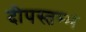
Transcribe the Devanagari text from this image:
दीपस्तम्भ